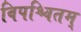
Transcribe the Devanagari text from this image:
विपश्चितम्